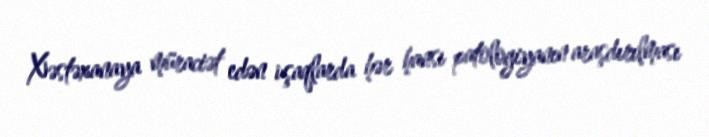
Xəstəxanaya müraciət edən uşaqlarda hər hansı patologiyanın araşdırılması